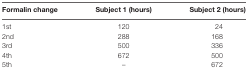
<table><thead><tr><td><b>Formalin change</b></td><td><b>Subject 1 (hours)</b></td><td><b>Subject 2 (hours)</b></td></tr></thead><tbody><tr><td>1st</td><td>120</td><td>24</td></tr><tr><td>2nd</td><td>288</td><td>168</td></tr><tr><td>3rd</td><td>500</td><td>336</td></tr><tr><td>4th</td><td>672</td><td>500</td></tr><tr><td>5th</td><td>–</td><td>672</td></tr></tbody></table>